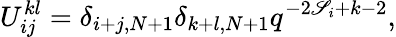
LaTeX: U_{ij}^{kl}=\delta_{i+j,N+1}\delta_{k+l,N+1}q^{-2\mathscr{S}_{i}+k-2},